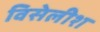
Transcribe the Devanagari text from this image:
विसेलीश